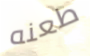
طعنه